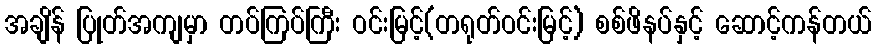
အချိန် ပြုတ်အကျမှာ တပ်ကြပ်ကြီး ဝင်းမြင့်(တရုတ်ဝင်းမြင့်) စစ်ဖိနပ်နှင့် ဆောင့်ကန်တယ်